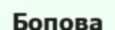
Бопова